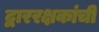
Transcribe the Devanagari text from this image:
द्वाररक्षकांची